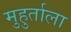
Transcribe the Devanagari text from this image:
मुहुर्ताला